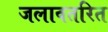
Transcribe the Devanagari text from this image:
जलावतरित